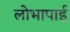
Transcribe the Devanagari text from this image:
लोभापाई